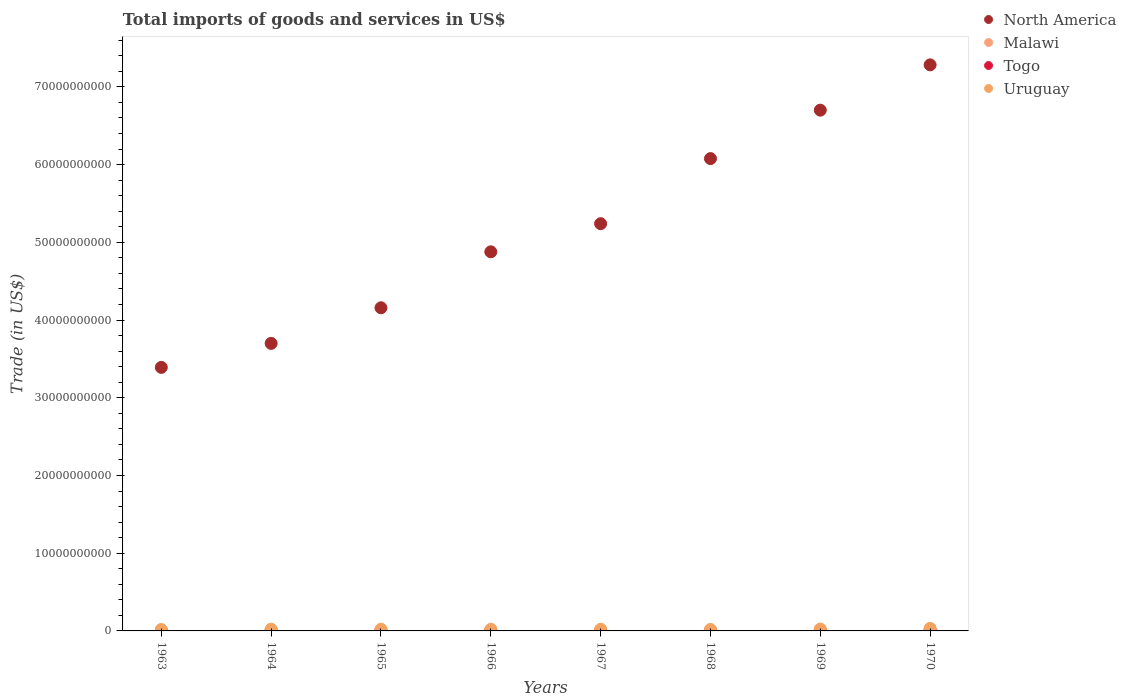
| Years | North America | Malawi | Togo | Uruguay |
 | --- | --- | --- | --- | --- |
 | 1963 | 3.39e+10 | 7.15e+07 | 4.27e+07 | 1.85e+08 |
 | 1964 | 3.7e+10 | 5.5e+07 | 5.91e+07 | 2.24e+08 |
 | 1965 | 4.16e+10 | 7.63e+07 | 5.83e+07 | 2.17e+08 |
 | 1966 | 4.88e+10 | 9.72e+07 | 6.75e+07 | 2.08e+08 |
 | 1967 | 5.24e+10 | 9.42e+07 | 6.4e+07 | 2.11e+08 |
 | 1968 | 6.08e+10 | 9.6e+07 | 7.04e+07 | 1.95e+08 |
 | 1969 | 6.7e+10 | 1.05e+08 | 8.66e+07 | 2.43e+08 |
 | 1970 | 7.28e+10 | 1.14e+08 | 9.85e+07 | 3.25e+08 |